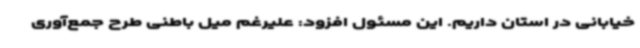
خیابانی در استان داریم. این مسئول افزود: علیرغم میل باطنی طرح جمع‌آوری